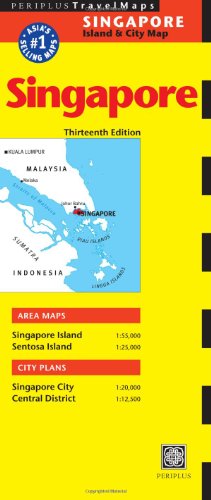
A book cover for Singapore Travel Map Thirteenth Edition (Periplus Travel Maps: Singapore Island & City Map); Travel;